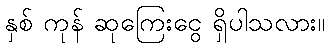
နှစ် ကုန် ဆုကြေးငွေ ရှိပါသလား။